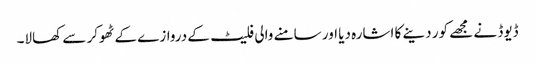
ڈیوڈ نے مجھے کور دینے کا اشارہ دیا اور سامنے والی فلیٹ کے دروازے کے ٹھوکر سے کھالا۔